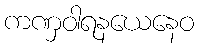
ကဏှဝါရနယေနေဝ